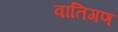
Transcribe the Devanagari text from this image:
वातिगण